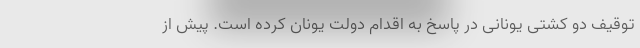
توقیف دو کشتی یونانی در پاسخ به اقدام دولت یونان کرده است. پیش از